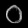
Digit: ၀